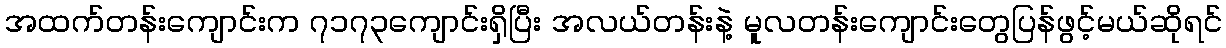
အထက်တန်းကျောင်းက ၇၁၇၃ကျောင်းရှိပြီး အလယ်တန်းနဲ့ မူလတန်းကျောင်းတွေပြန်ဖွင့်မယ်ဆိုရင်